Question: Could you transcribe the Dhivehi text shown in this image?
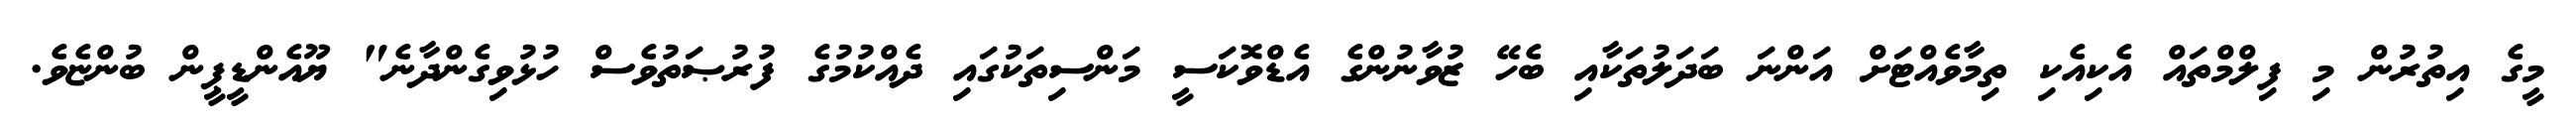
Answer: މީގެ އިތުރުން މި ފިލްމްތައް އެކިއެކި ތިމާވެއްޓަށް އަންނަ ބަދަލުތަކާއި ބެހޭ ޒުވާނުންގެ އެޑްވޮކަސީ މަންސިތަކުގައި ދެއްކުމުގެ ފުރުޞަތުވެސް ހުޅުވިގެންދާނެ" ޔޫއެންޑީޕީން ބުންޏެވެ.